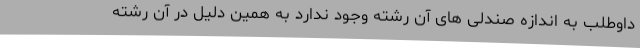
داوطلب به اندازه صندلی های آن رشته وجود ندارد به همین دلیل در آن رشته